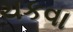
ચકવા